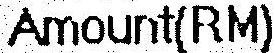
AMOUNT(RM)